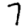
Digit: 7